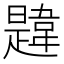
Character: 韙